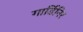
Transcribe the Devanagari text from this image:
गार्डिनिर